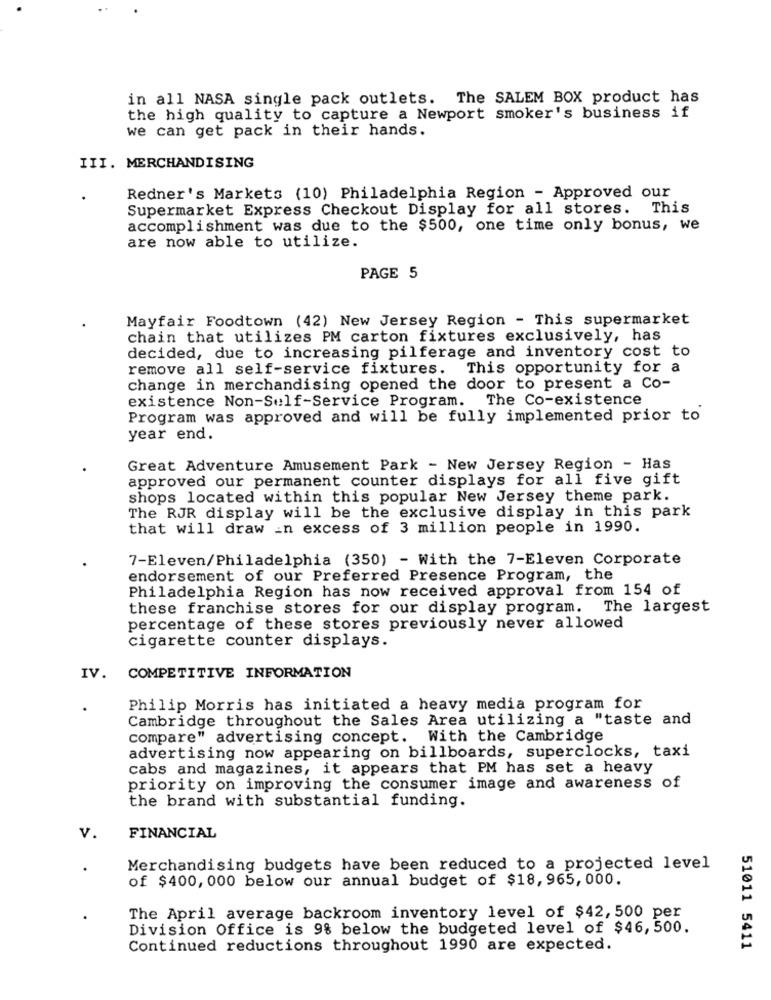
in all NASA single pack outlets. The SALEM BOX product has
the high quality to capture a Newport smoker's business if
we can get pack in their hands.
III. MERCHANDISING
Redner's Markets (10) Philadelphia Region - Approved our
Supermarket Express Checkout Display for all stores. This
accomplishment was due to the $500, one time only bonus, we
are now able to utilize.
PAGE 5
Mayfair Foodtown (42) New Jersey Region - This supermarket
chain that utilizes PM carton fixtures exclusively, has
decided, due to increasing pilferage and inventory cost to
remove all self-service fixtures. This opportunity for a
change in merchandising opened the door to present a Co-
existence Non-Self-Service Program. The Co-existence
Program was approved and will be fully implemented prior to
year end.
Great Adventure Amusement Park - New Jersey Region - Has
approved our permanent counter displays for all five gift
shops located within this popular New Jersey theme park.
The RJR display will be the exclusive display in this park
that will draw in excess of 3 million people in 1990.
7-Eleven/Philadelphia (350) - With the 7-Eleven Corporate
endorsement of our Preferred Presence Program, the
Philadelphia Region has now received approval from 154 of
these franchise stores for our display program. The largest
percentage of these stores previously never allowed
cigarette counter displays.
IV. COMPETITIVE INFORMATION
Philip Morris has initiated a heavy media program for
Cambridge throughout the Sales Area utilizing a "taste and
compare" advertising concept. With the Cambridge
advertising now appearing on billboards, superclocks, taxi
cabs and magazines, it appears that PM has set a heavy
priority on improving the consumer image and awareness of
the brand with substantial funding.
V.
FINANCIAL
Merchandising budgets have been reduced to a projected level
of $400, 000 below our annual budget of $18, 965, 000.
The April average backroom inventory level of $42, 500 per
Division Office is 9% below the budgeted level of $46, 500.
Continued reductions throughout 1990 are expected.
51011 5411